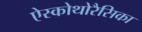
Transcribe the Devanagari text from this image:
ऐस्कोथोरैसिका